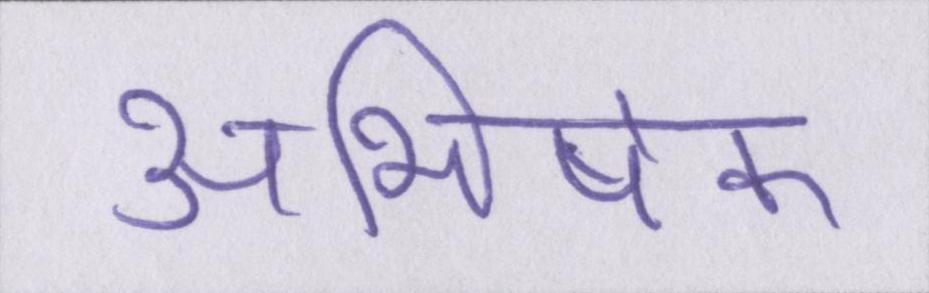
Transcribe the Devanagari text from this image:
अभिषेक